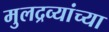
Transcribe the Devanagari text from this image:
मुलद्रव्यांच्या